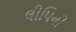
લીપિની